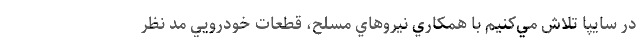
در سايپا تلاش مي‌كنيم با همكاري نيروهاي مسلح، قطعات خودرويي مد نظر